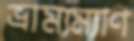
ভ্রাম্যম্যাণ